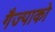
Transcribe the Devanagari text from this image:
गैज्पाको